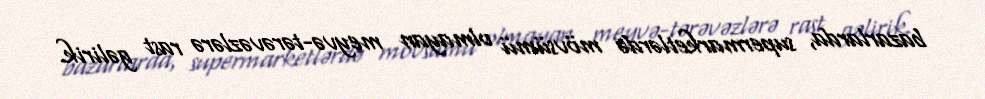
bazarlarda, supermarketlərdə mövsümü olmayan meyvə-tərəvəzlərə rast gəlirik.